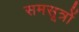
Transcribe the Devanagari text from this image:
समसूत्रों